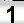
Digit: 1